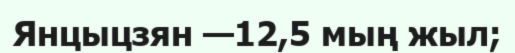
Янцыцзян —12,5 мың жыл;